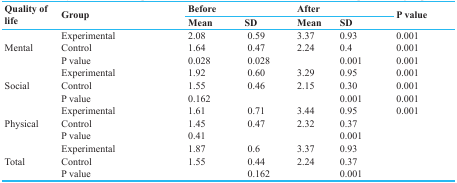
<table><thead><tr><td rowspan="2"><b>Quality of life</b></td><td rowspan="2"><b>Group</b></td><td colspan="2"><b>Before</b></td><td colspan="2"><b>After</b></td><td rowspan="2"><b>P value</b></td></tr><tr><td><b>Mean</b></td><td><b>SD</b></td><td><b>Mean</b></td><td><b>SD</b></td></tr></thead><tbody><tr><td rowspan="3">Mental </td><td>Experimental</td><td>2.08</td><td>0.59</td><td>3.37</td><td>0.93</td><td>0.001</td></tr><tr><td>Control</td><td>1.64</td><td>0.47</td><td>2.24</td><td>0.4</td><td>0.001</td></tr><tr><td>P value</td><td>0.028</td><td>0.028</td><td></td><td>0.001</td><td>0.001</td></tr><tr><td rowspan="3">Social </td><td>Experimental</td><td>1.92</td><td>0.60</td><td>3.29</td><td>0.95</td><td>0.001</td></tr><tr><td>Control</td><td>1.55</td><td>0.46</td><td>2.15</td><td>0.30</td><td>0.001</td></tr><tr><td>P value</td><td>0.162</td><td></td><td></td><td>0.001</td><td>0.001</td></tr><tr><td rowspan="3">Physical </td><td>Experimental</td><td>1.61</td><td>0.71</td><td>3.44</td><td>0.95</td><td>0.001</td></tr><tr><td>Control</td><td>1.45</td><td>0.47</td><td>2.32</td><td>0.37</td><td></td></tr><tr><td>P value</td><td>0.41</td><td></td><td></td><td>0.001</td><td></td></tr><tr><td rowspan="3">Total</td><td>Experimental</td><td>1.87</td><td>0.6</td><td>3.37</td><td>0.93</td><td></td></tr><tr><td>Control</td><td>1.55</td><td>0.44</td><td>2.24</td><td>0.37</td><td></td></tr><tr><td>P value</td><td></td><td>0.162</td><td></td><td>0.001</td><td></td></tr></tbody></table>